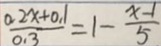
\frac { 0 . 2 x + 0 . 1 } { 0 . 3 } = 1 - \frac { x - 1 } { 5 }